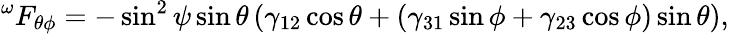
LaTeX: ^{\omega}F_{\theta\phi}=-\sin^{2}\psi\sin\theta\left(\gamma_{12}\cos\theta+(\gamma_{31}\sin\phi+\gamma_{23}\cos\phi)\sin\theta\right),